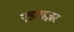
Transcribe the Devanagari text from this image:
एडवाज़र